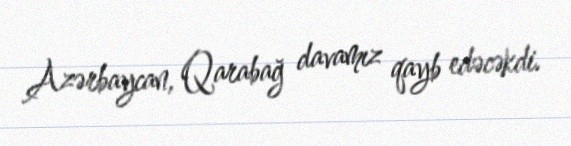
Azərbaycan, Qarabağ davamız qayb edəcəkdi.